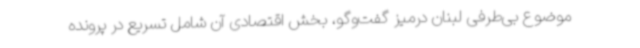
موضوع بی‌طرفی لبنان درمیز گفت‌وگو، بخش اقتصادی آن شامل تسریع در پرونده